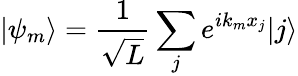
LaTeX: |\psi_{m}\rangle=\frac{1}{\sqrt{L}}\sum_{j}e^{ik_{m}x_{j}}|j\rangle